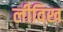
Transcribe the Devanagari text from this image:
लीविख